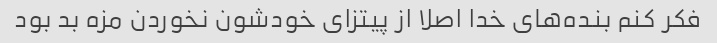
فکر کنم بنده‌های خدا اصلا از پیتزای خودشون نخوردن مزه بد بود